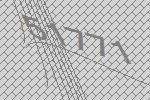
51771